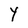
Character: Y